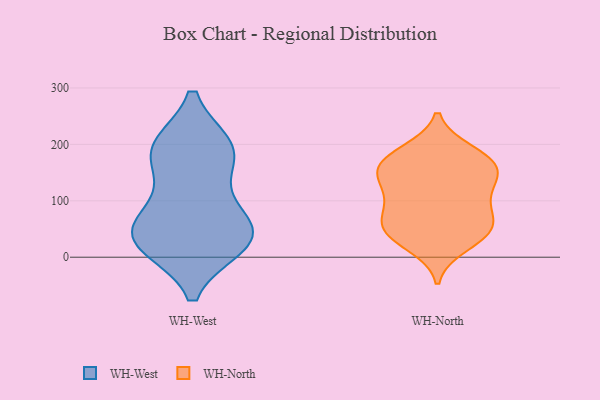
{"axis": {"x": "Demand Index", "y": "Value"}, "legend": ["WH-North", "WH-West"], "data": [{"x": "", "y": 103, "type": "WH-West"}, {"x": "", "y": 32, "type": "WH-West"}, {"x": "", "y": 195, "type": "WH-West"}, {"x": "", "y": 68, "type": "WH-West"}, {"x": "", "y": 37, "type": "WH-West"}, {"x": "", "y": 22, "type": "WH-West"}, {"x": "", "y": 177, "type": "WH-West"}, {"x": "", "y": 38, "type": "WH-West"}, {"x": "", "y": 30, "type": "WH-West"}, {"x": "", "y": 192, "type": "WH-West"}, {"x": "", "y": 193, "type": "WH-West"}, {"x": "", "y": 51, "type": "WH-North"}, {"x": "", "y": 69, "type": "WH-North"}, {"x": "", "y": 151, "type": "WH-North"}, {"x": "", "y": 137, "type": "WH-North"}, {"x": "", "y": 49, "type": "WH-North"}, {"x": "", "y": 187, "type": "WH-North"}, {"x": "", "y": 96, "type": "WH-North"}, {"x": "", "y": 153, "type": "WH-North"}, {"x": "", "y": 158, "type": "WH-North"}, {"x": "", "y": 171, "type": "WH-North"}, {"x": "", "y": 49, "type": "WH-North"}, {"x": "", "y": 21, "type": "WH-North"}, {"x": "", "y": 181, "type": "WH-North"}, {"x": "", "y": 41, "type": "WH-North"}, {"x": "", "y": 119, "type": "WH-North"}, {"x": "", "y": 96, "type": "WH-North"}]}